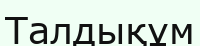
Талдықұм